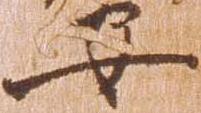
安